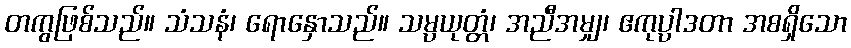
တကွဖြစ်သည်။ သံသနံ၊ ရောနှောသည်။ သမ္ပယုတ္တံ၊ အညီအမျှ၊ ဧကုပ္ပါဒတာ အစရှိသော